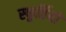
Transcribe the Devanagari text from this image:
स्फूर्तियों